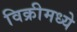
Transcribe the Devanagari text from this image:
विक्रीमध्ये